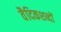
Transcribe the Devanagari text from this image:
वैदिकशब्दों